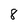
Character: 8